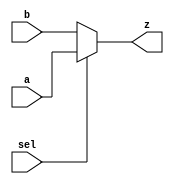
module mux21(a,b,sel,z);
	input a,b,sel;
	output z;
	reg y;
	assign z=y;
	
	always@(*) begin
		if (sel)
			y=a;
		else
			y=b;
	end
endmodule